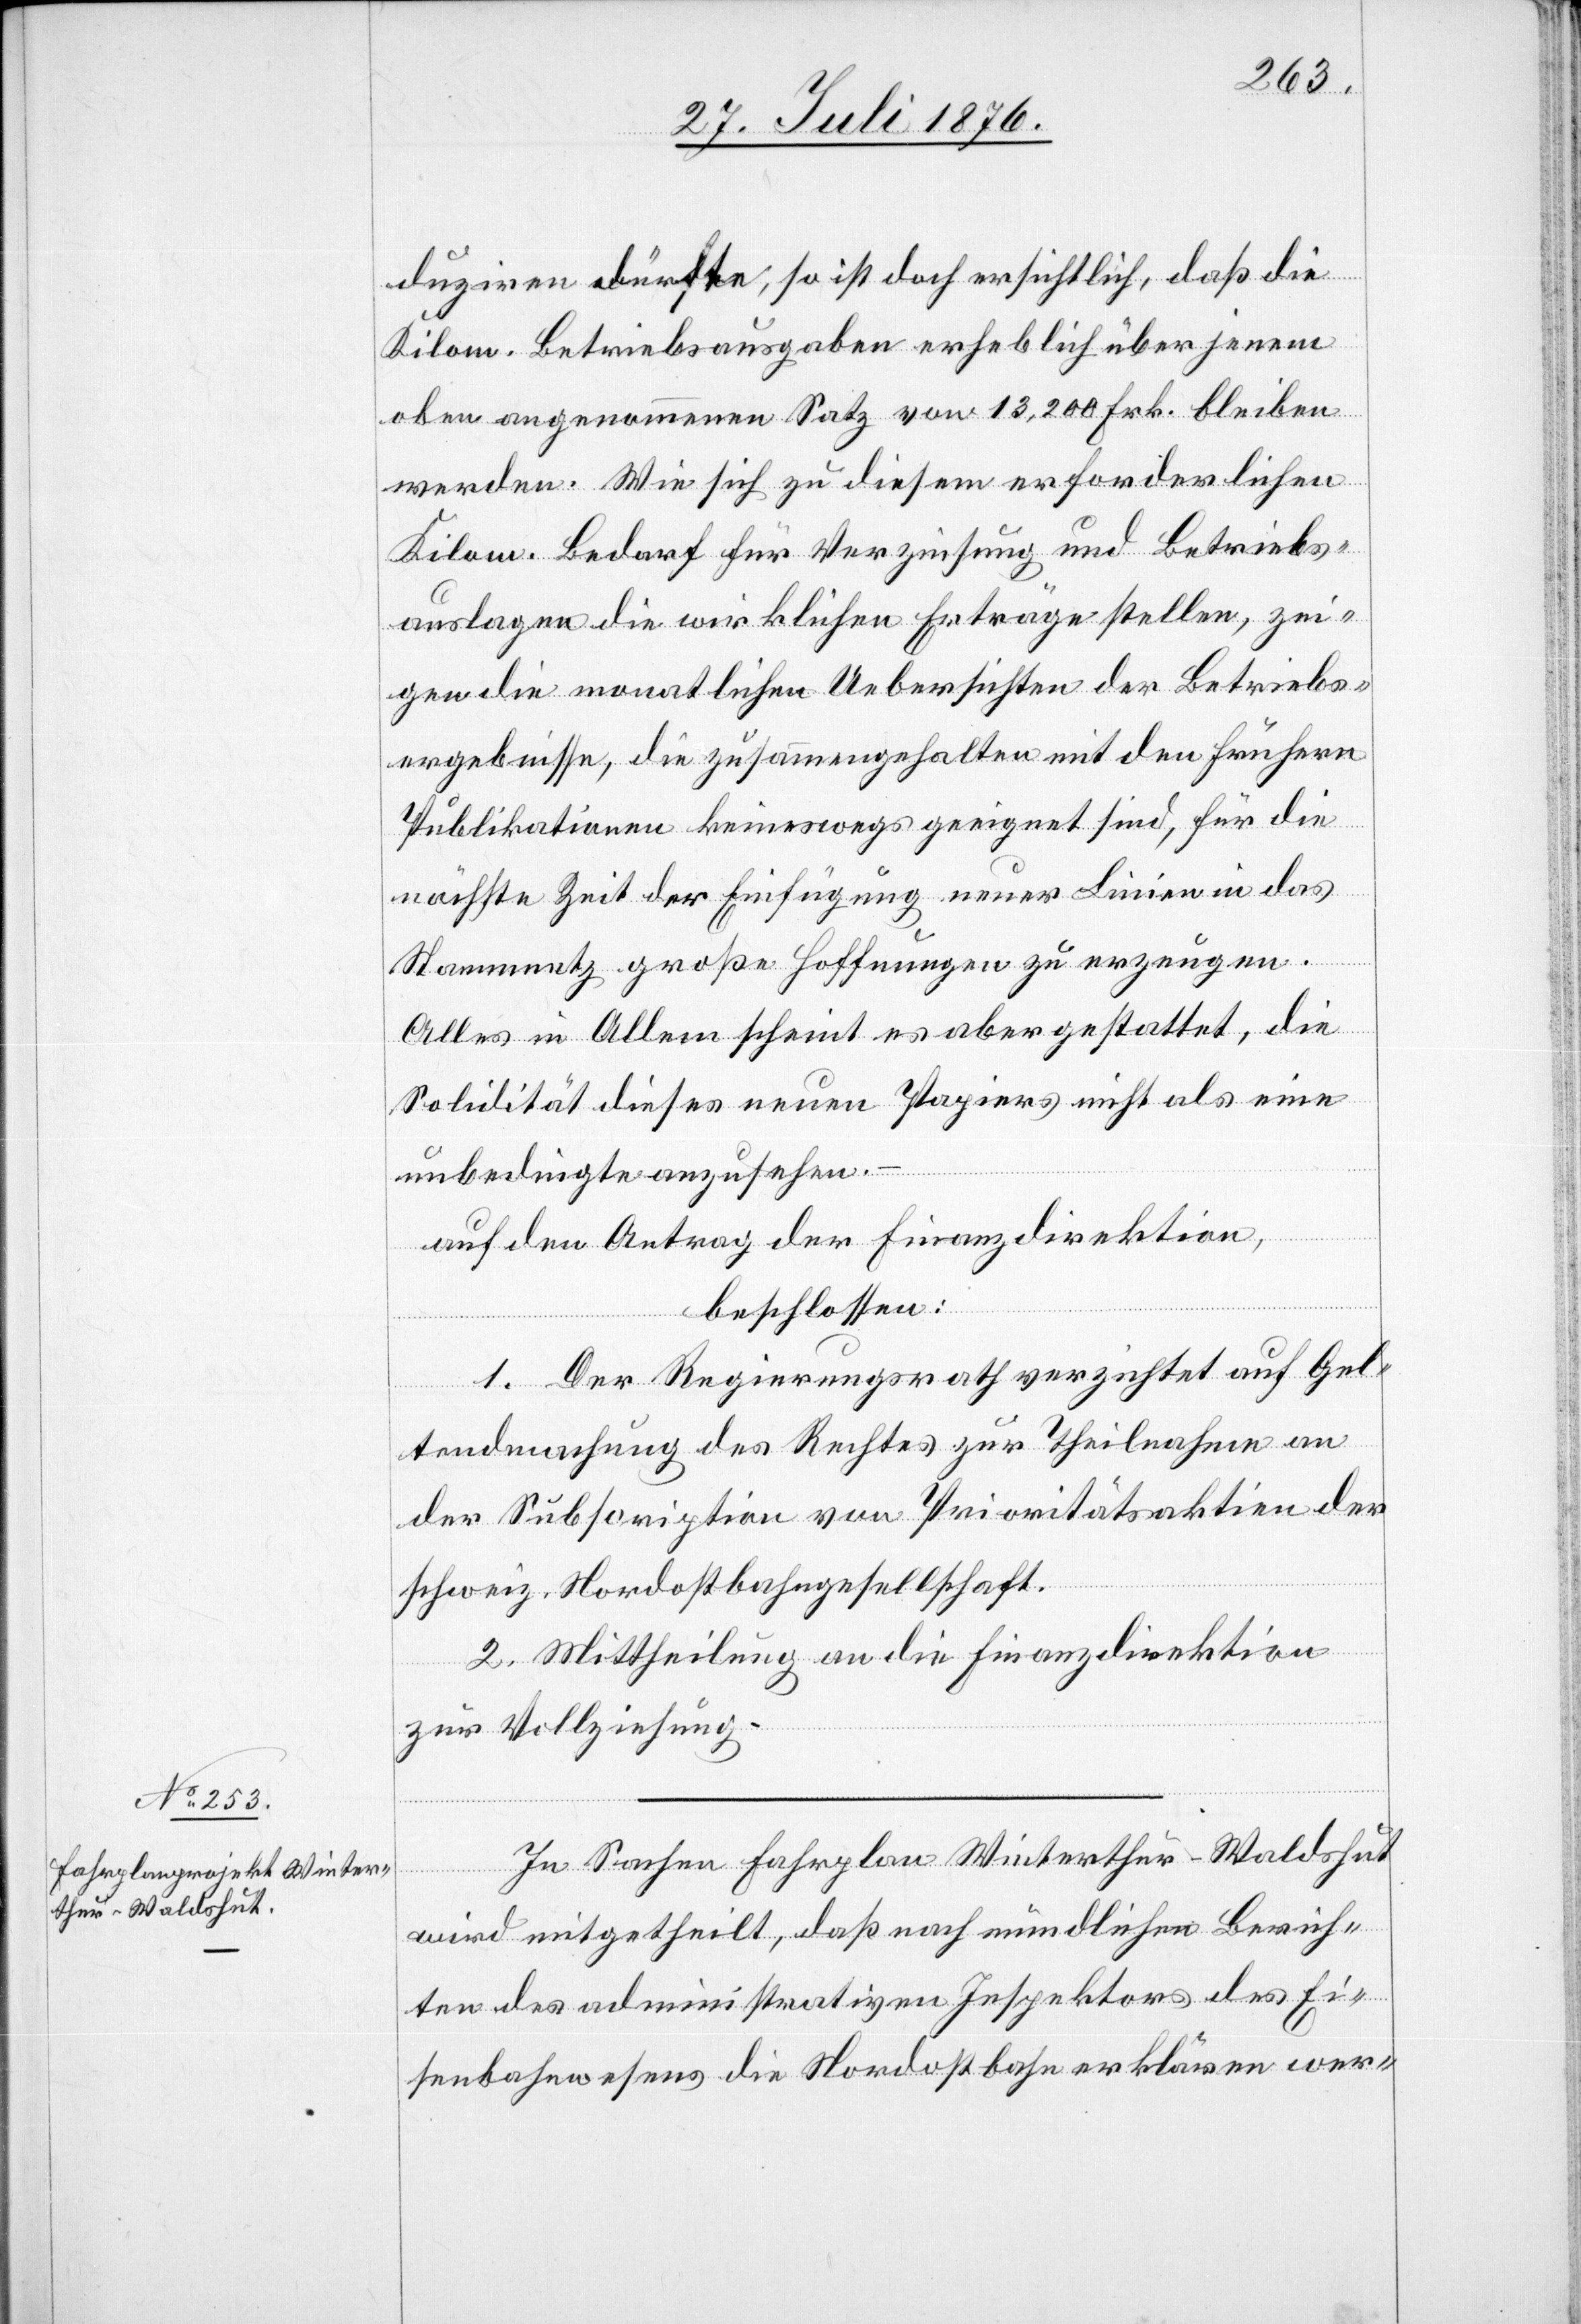
duziren dürfte, so ist doch ersichtlich, daß die
Kilom. Betriebsangaben erheblich über jenen
oben angenommenen Satz von 13,200 Frk. bleiben
werden. Wie sich zu diesem erforderlichen
Kilom. Bedarf für Verzinsung und Betriebs¬
auslagen die wirklichen Erträge stellen, zei¬
gen die monatlichen Uebersichten der Betriebs¬
ergebnisse, die zusammengehalten mit den frühern
Publikationen keineswegs geeignet sind, für die
nächste Zeit der Einfügung neuer Linien in das
Stammnetz große Hoffnungen zu erzeugen.
Alles in Allem scheint es aber gestattet, die
Solidität dieses neuen Papiers nicht als eine
unbedingte anzusehen.
auf den Antrag der Finanzdirektion,
beschlossen:
1. Der Regierungsrath verzichtet auf Gel¬
tendmachung des Rechtes zur Theilnahme an
der Subscription von Prioritätsaktien der
schweiz. Nordostbahngesellschaft.
2. Mittheilung an die Finanzdirektion
zur Vollziehung.
In Sachen Fahrplan Winterthur–Waldshut
wird mitgetheilt, daß nach mündlichen Berich¬
ten des administrativen Inspektors des Ei¬
senbahnwesens die Nordostbahn erklären wer-